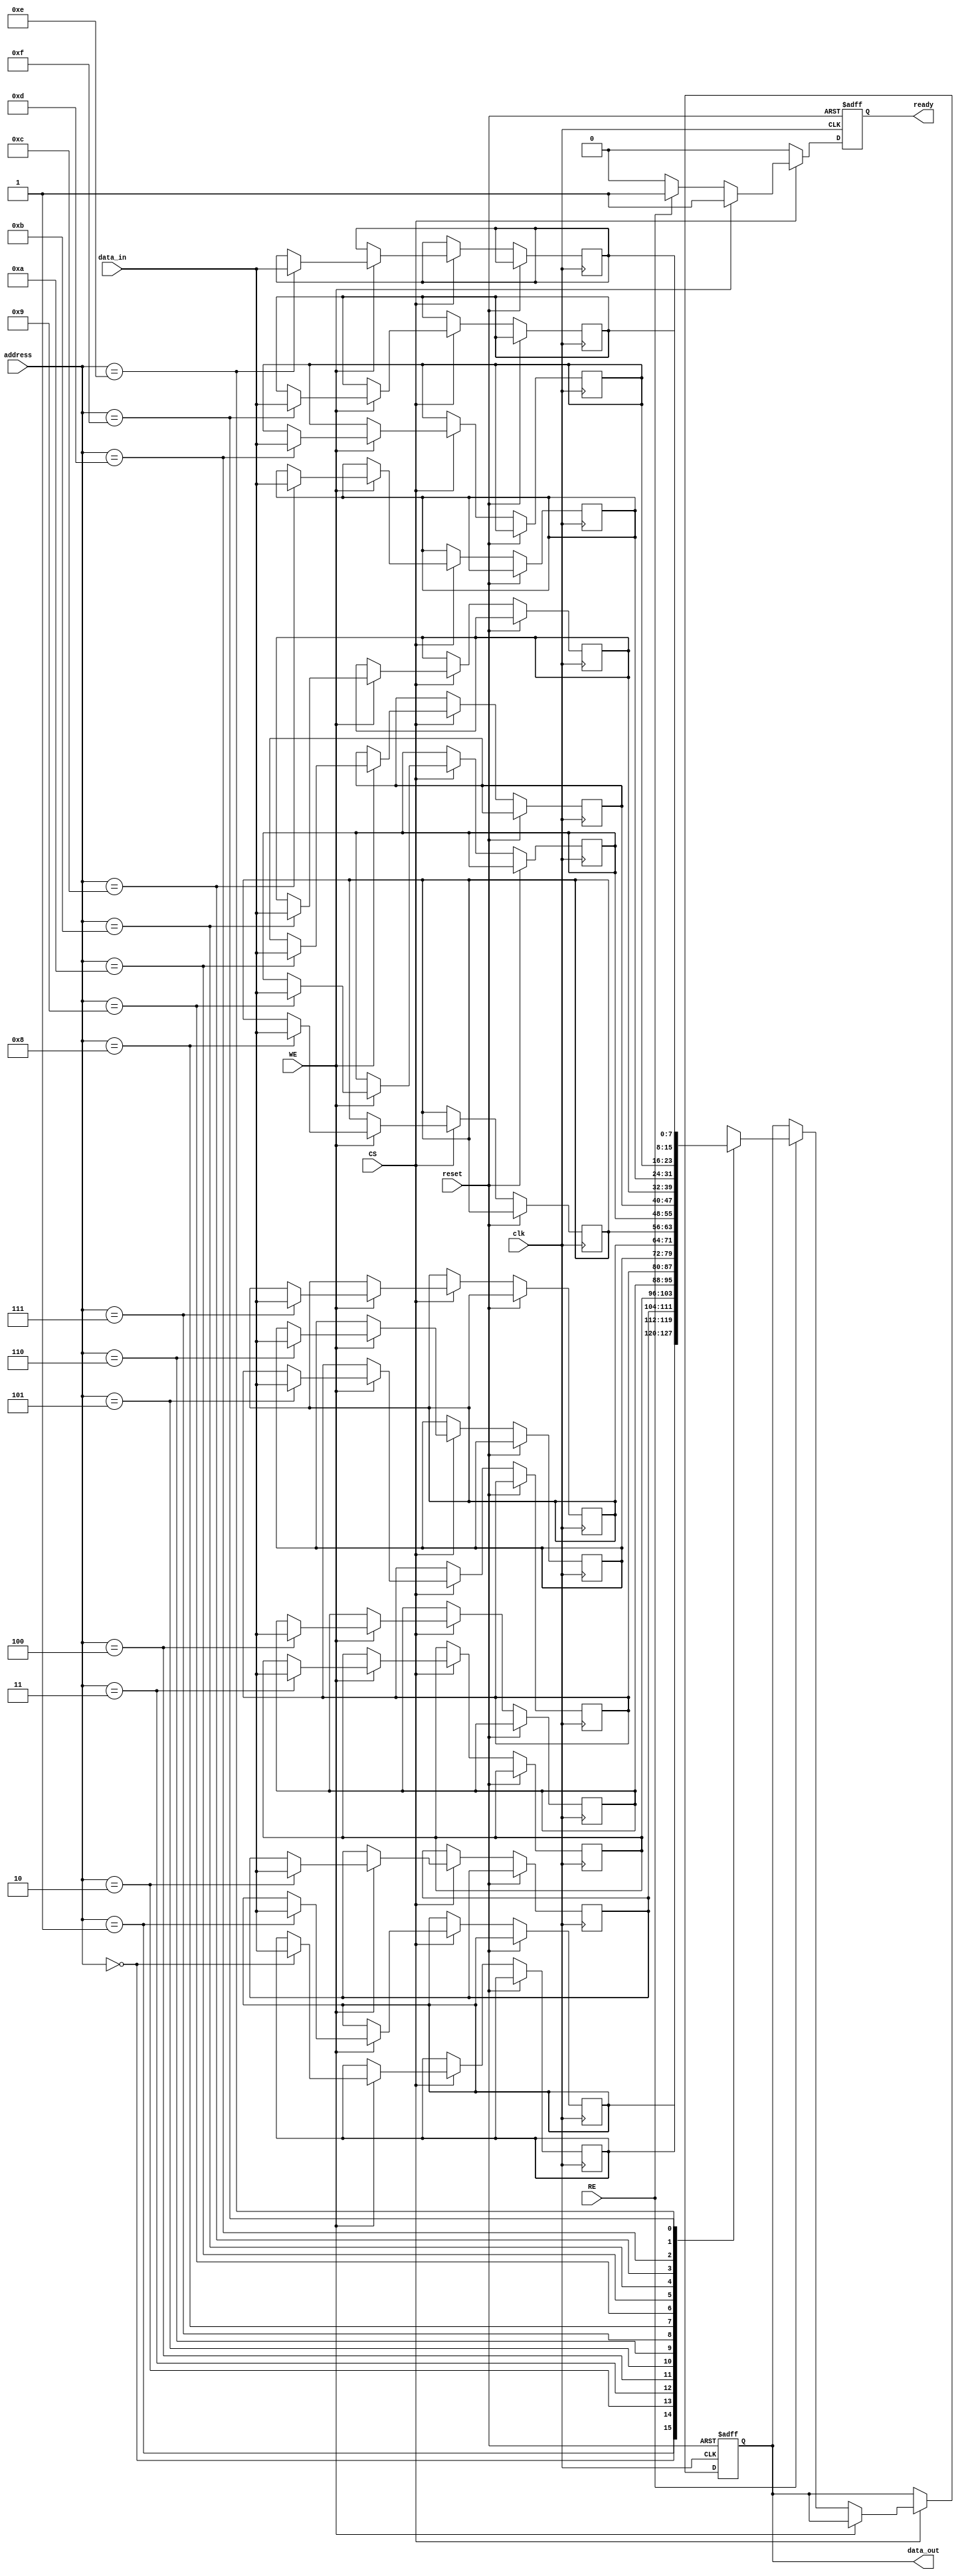
module mram_io_block (
    input wire clk,                // System clock
    input wire reset,              // Reset signal
    input wire [N-1:0] data_in,    // Data input lines
    output reg [N-1:0] data_out,    // Data output lines
    input wire [A-1:0] address,     // Address lines
    input wire RE,                  // Read Enable
    input wire WE,                  // Write Enable
    input wire CS,                  // Chip Select
    output reg ready                // Ready signal for external devices
);
    parameter N = 8;               // Number of data bits
    parameter A = 4;               // Number of address bits
    reg [N-1:0] data_buffer;        // Internal data buffer
    reg [N-1:0] memory [0:(1<<A)-1]; // Memory array

    // Data Latching
    always @(posedge clk or posedge reset) begin
        if (reset) begin
            data_out <= 0;
            ready <= 0;
        end else if (CS) begin
            if (WE) begin
                // Write operation
                memory[address] <= data_in;
                ready <= 1; // Indicate operation is complete
            end else if (RE) begin
                // Read operation
                data_out <= memory[address];
                ready <= 1; // Indicate operation is complete
            end else begin
                ready <= 0; // No operation
            end
        end else begin
            ready <= 0; // Chip not selected
        end
    end

endmodule